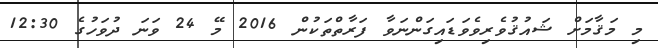
މި މަޤާމަށް ޝައުޤުވެރިވެވަޑައިގަންނަވާ ފަރާތްތަކުން 2016 މޭ 24 ވަނަ ދުވަހުގެ 12:30